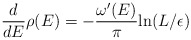
\begin{align*}{d\over dE} \rho(E) = -{\omega^\prime(E)\over\pi}{\rm ln}(L/\epsilon)\end{align*}